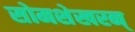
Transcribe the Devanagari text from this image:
सोमशेखरन्